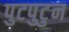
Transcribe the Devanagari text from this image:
पुटपुटुन